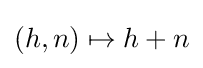
(h,n)\mapsto h+n